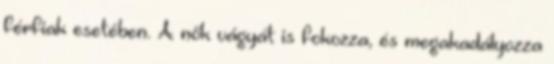
férfiak esetében. A nők vágyát is fokozza, és megakadályozza